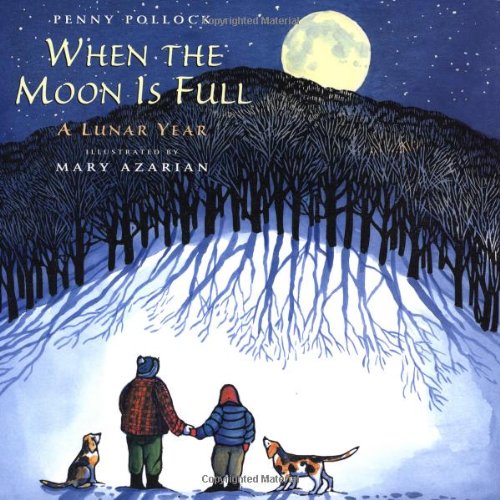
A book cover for When the Moon is Full: A Lunar Year; Children's Books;